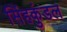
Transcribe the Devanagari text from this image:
सिंहकुंडल